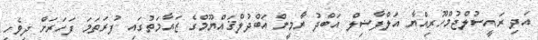
އަދި ރައީސުލްޖުމްހޫރިއްޔާ އަލްފާޟިލް އަބްދު ޔާމީން އަބްދުލްޤައްޔޫމްގެ ޒައާމަތުގައި ފުރަތަމަ ފަހަރަށް ދިވެހި